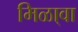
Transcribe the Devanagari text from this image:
मिळा्वा